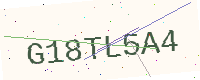
Text: G18TL5A4